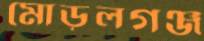
মোড়লগঞ্জ